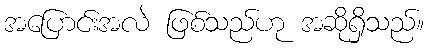
အပြောင်းအလဲ ဖြစ်သည်ဟု အဆိုရှိသည်။